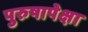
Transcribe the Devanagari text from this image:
पुरुषापेक्षा